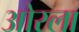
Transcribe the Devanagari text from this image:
ओस्ला